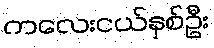
ကလေးငယ်နှစ်ဦး